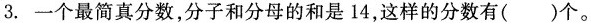
3. 一个最简真分数，分子和分母的和是14，这样的分数有()个。